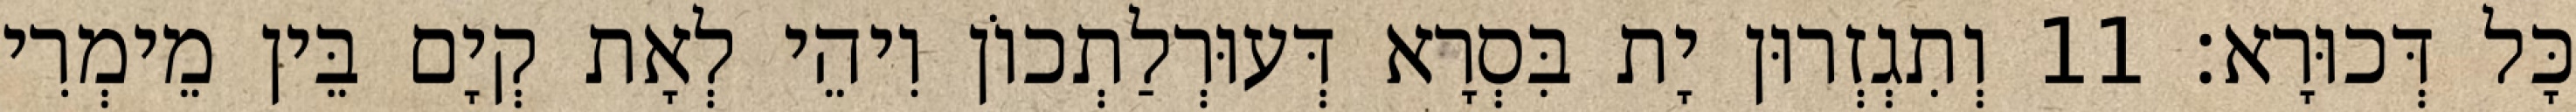
כָּל דְּכוּרָא׃ 11 וְתִגְזְרוּן יָת בִּסְרָא דְּעוּרְלַתְכוֹן וִיהֵי לְאָת קְיָם בֵּין מֵימְרִי